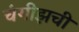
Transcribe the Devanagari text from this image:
चंगीझची